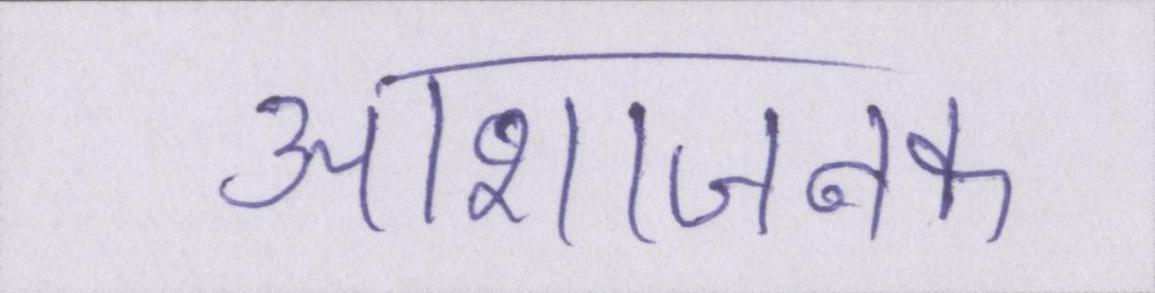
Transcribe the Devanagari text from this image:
आशाजनक